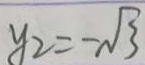
y _ { 2 } = - \sqrt { 3 }